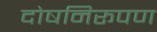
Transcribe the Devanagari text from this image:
दोषनिरूपण